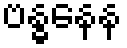
ဗန္ဓနေန